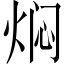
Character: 焖